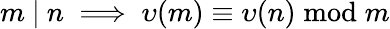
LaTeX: m\ |\ n\implies\upsilon(m)\equiv\upsilon(n){\bmod{m}}